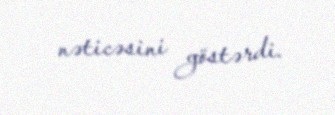
nəticəsini göstərdi.